Annual report of the Civil Veterinary Department, Bengal, and of the Bengal Veterinary College for the year 1906-1907 - 1906-1907
Year: 1906
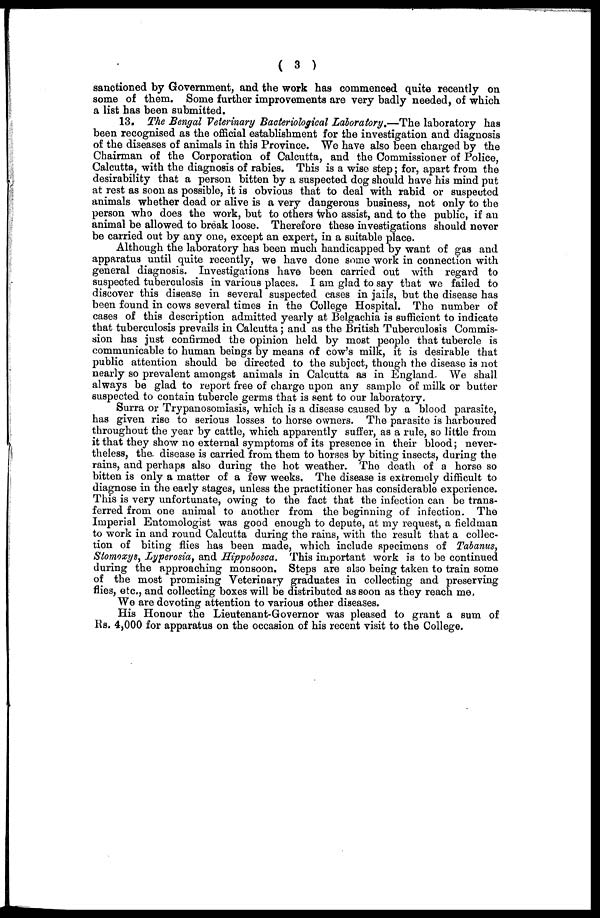
(3)
sanctioned by Government, and the work has commenced quite recently on
some of them. Some further improvements are very badly needed, of which
a list has been submitted.
13. The Bengal Veterinary Bacteriological Laboratory.—The laboratory has
been recognised as the official establishment for the investigation and diagnosis
of the diseases of animals in this Province. We have also been charged by the
Chairman of the Corporation of Calcutta, and the Commissioner of Police,
Calcutta, with the diagnosis of rabies. This is a wise step; for, apart from the
desirability that a person bitten by a suspected dog should have his mind put
at rest as soon as possible, it is obvious that to deal with rabid or suspected
animals whether dead or alive is a very dangerous business, not only to the
person who does the work, but to others who assist, and to the public, if an
animal be allowed to break loose. Therefore these investigations should never
be carried out by any one, except an expert, in a suitable place.
Although the laboratory has been much handicapped by want of gas and
apparatus until quite recently, we have done some work in connection with
general diagnosis. Investigations have been carried out with regard to
suspected tuberculosis in various places. I am glad to say that we failed to
discover this disease in several suspected cases in jails, but the disease has
been found in cows several times in the College Hospital. The number of
cases of this description admitted yearly at Belgachia is sufficient to indicate
that tuberculosis prevails in Calcutta; and as the British Tuberculosis Commis-
sion has just confirmed the opinion held by most people that tubercle is
communicable to human beings by means of cow's milk, it is desirable that
public attention should be directed to the subject, though the disease is not
nearly so prevalent amongst animals in Calcutta as in England We shall
always be glad to report free of charge upon any sample of milk or butter
suspected to contain tubercle germs that is sent to our laboratory.
Surra or Trypanosomiasis, which is a disease caused by a blood parasite,
has given rise to serious losses to horse owners. The parasite is harboured
throughout the year by cattle, which apparently suffer, as a rule, so little from
it that they show no external symptoms of its presence in their blood; never-
theless, the. disease is carried from them to horses by biting insects, during the
rains, and perhaps also during the hot weather. The death of a horse so
bitten is only a matter of a few weeks. The disease is extremely difficult to
diagnose in the early stages, unless the practitioner has considerable experience.
This is very unfortunate, owing to the fact that the infection can be trans-
ferred from one animal to another from the beginning of infection. The
Imperial Entomologist was good enough to depute, at my request, a fieldman
to work in and round Calcutta during the rains, with the result that a collec-
tion of biting flies has been made, which include specimens of Tabanus,
Stomoxys, Lyperosia, and Hippobosca. This important work is to be continued
during the approaching monsoon. Steps are also being taken to train some
of the most promising Veterinary graduates in collecting and preserving
flies, etc., and collecting boxes will be distributed as soon as they reach me,
We are devoting attention to various other diseases.
His Honour the Lieutenant-Governor was pleased to grant a sum of
Rs. 4,000 for apparatus on the occasion of his recent visit to the College.